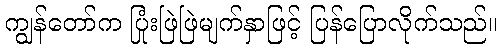
ကျွန်တော်က ပြုံးဖြဲဖြဲမျက်နှာဖြင့် ပြန်ပြောလိုက်သည်။